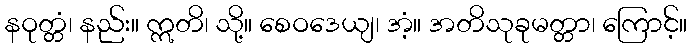
နဝုတ္တံ၊ နည်း။ ဣတိ၊ သို့။ စေဝဒေယျ၊ အံ့။ အတိသုခုမတ္တာ၊ ကြောင့်။